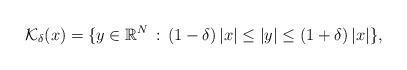
LaTeX: \begin{align*}\mathcal{K}_\delta(x)=\{y\in\mathbb{R}^N\, :\, (1-\delta)\,|x|\le |y|\le (1+\delta)\,|x|\},\end{align*}